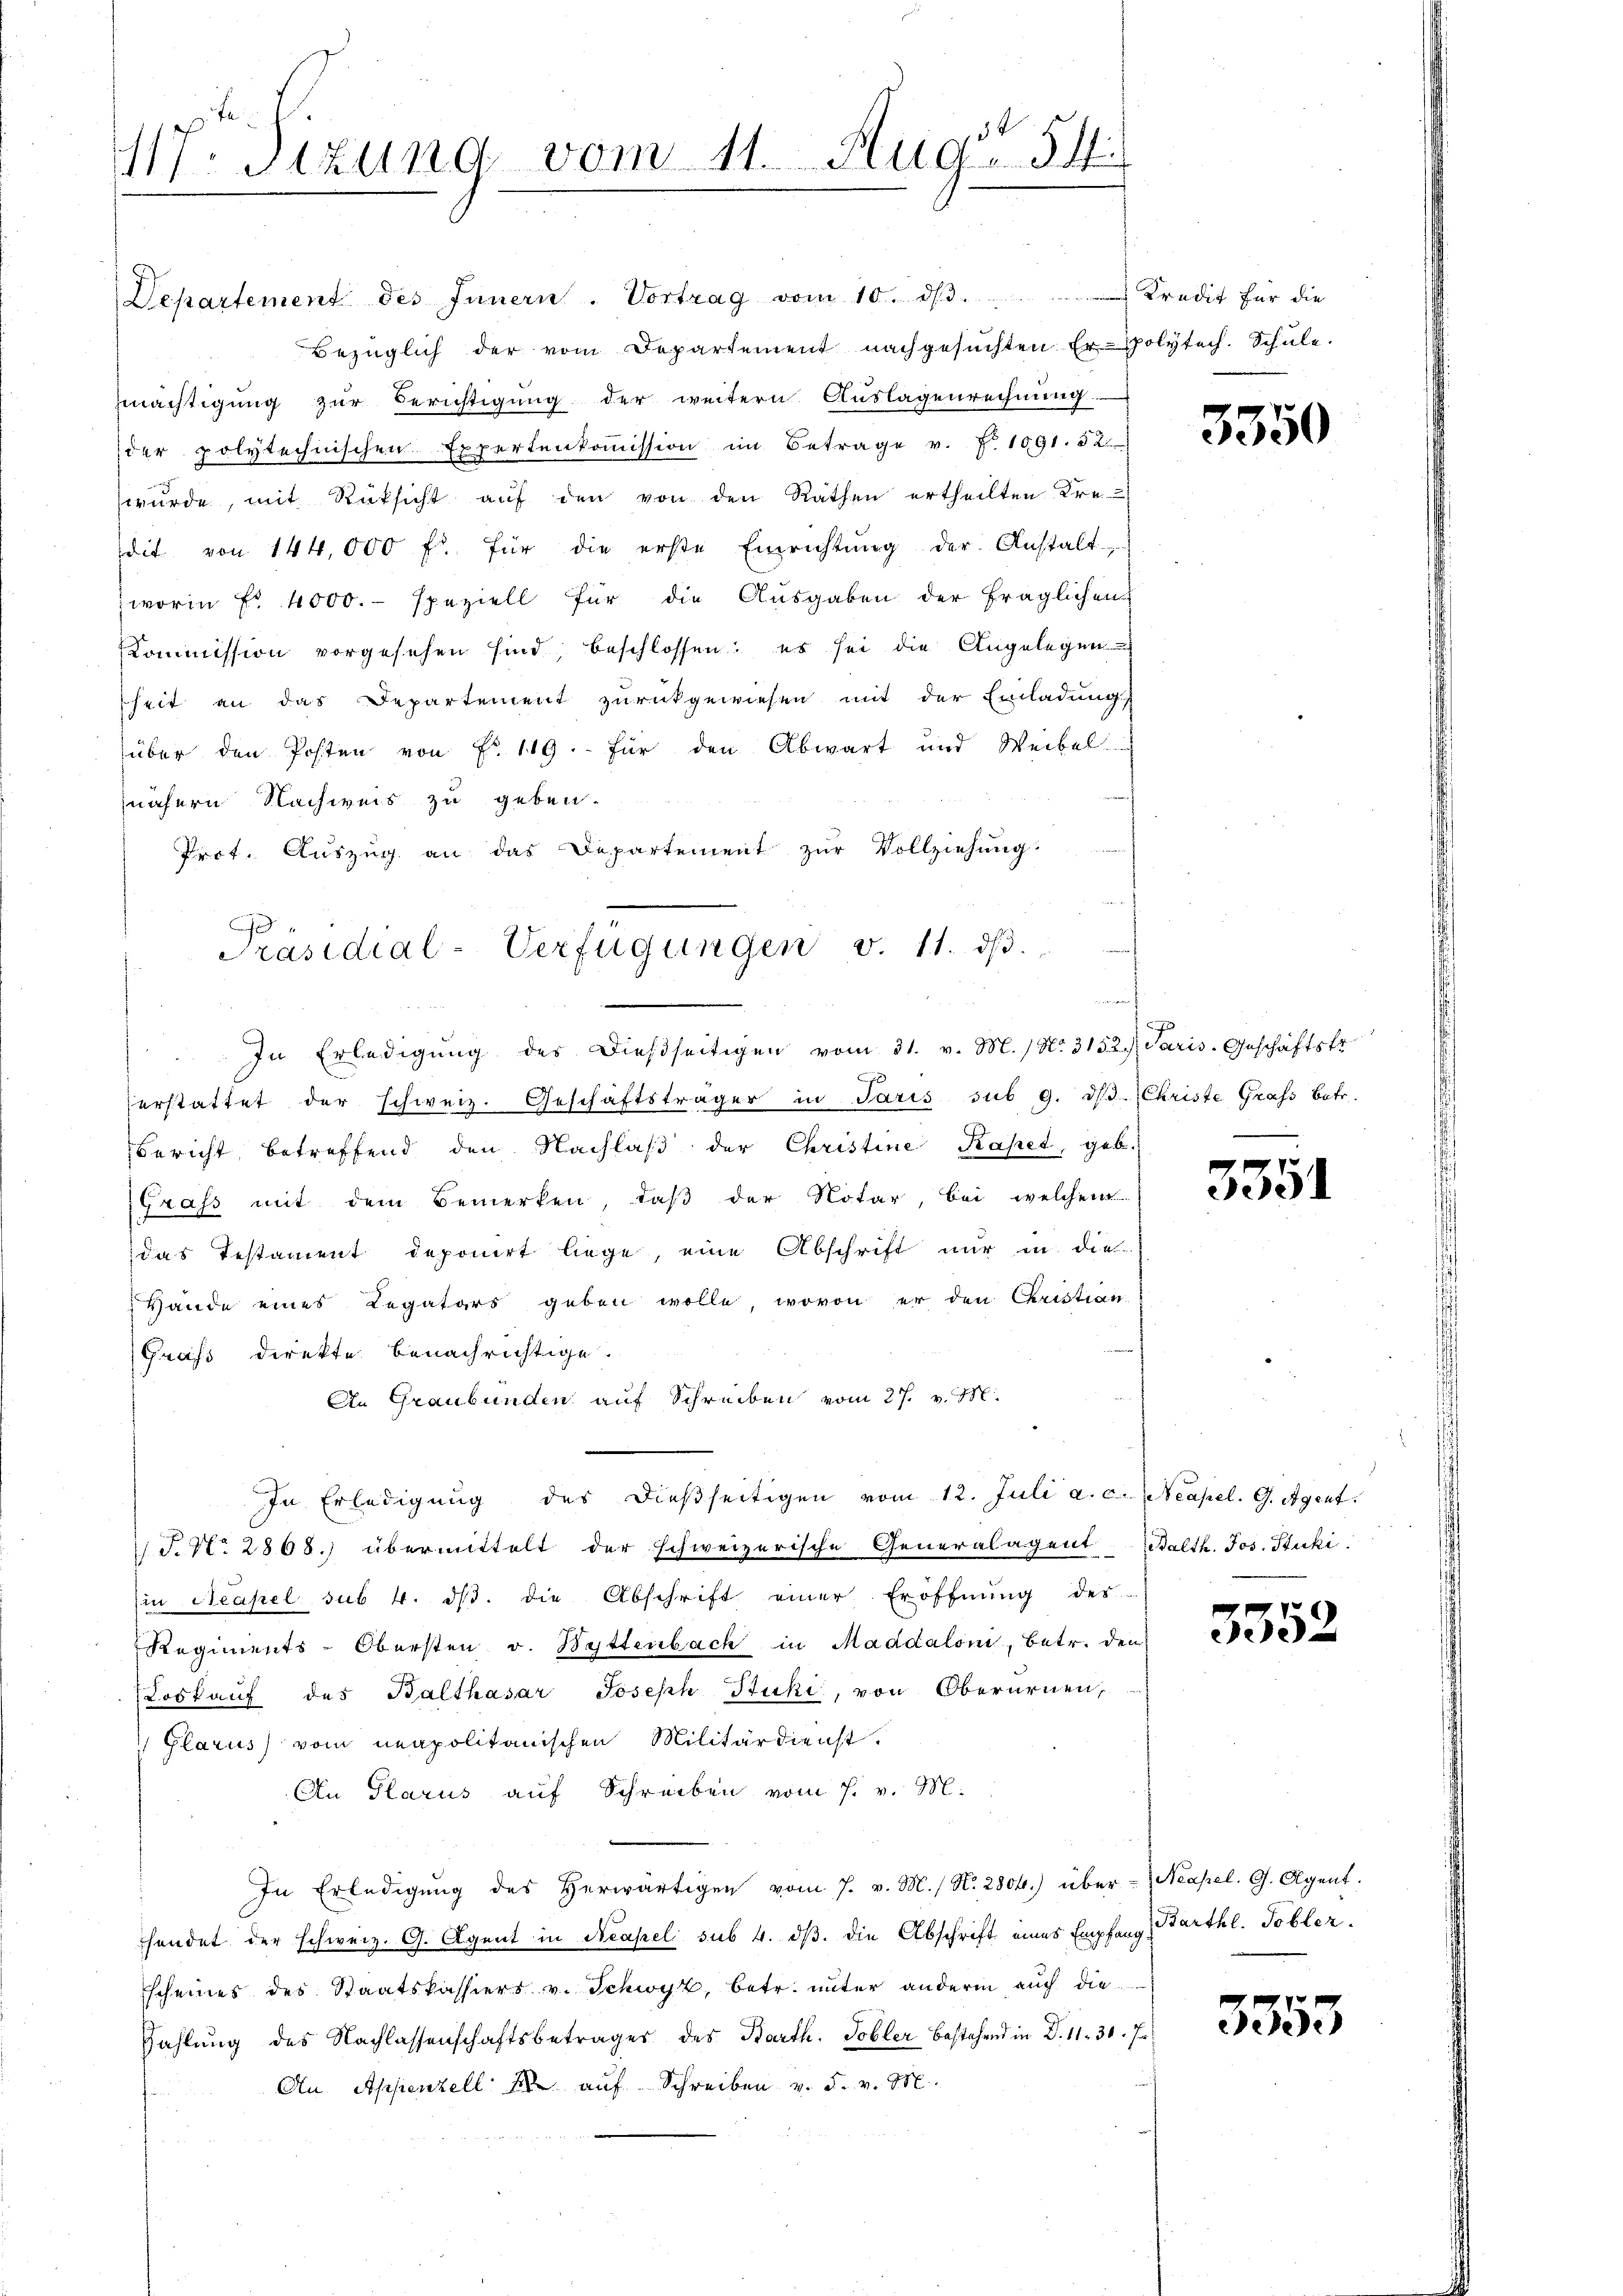
117. Sizung vom 11. Aug. 154.

Departement des Innern. Vortrag vom 10. dβ.  ..  Kredit für die
Bezüglich der vom Departement nachgesuchten Er-Polytech. Schule.
mächtigung zur Berichtigung der weitern Auslagenrechnung. -
der polytechnischen Expertenkoṁission im Betrage v. P. 1091. 52.
wŭrde, mit Rüksicht aŭf den von den Rathen ertheilten Kre-
dit von 144,000 fl. für die erste Einrichtŭng der Anstalt-
worin fr. 4000. speziell für die Ausgaben der fraglichen
Kommission vorgesehen sind, beschlossen: es sei die Angelegen
sheit an das Departement zurückgewiesen mit der Einladungs
über den Posten von No. 119. für den Abwart und Weibel
nähern Nachweis zu geben.
Prof. Auszug an das Departement zur Vollziehung
In Erledigŭng des dießseitigen vom 31. v. M. / No. 3152/ Paris. Geschäftsfr.
erstattet der schweiz. Geschäftsträger in Paris sub 9. d. Christe Grafs betr.
Bericht betreffend den Nachlaβ der Christine Kapet, geb.
Grass mit dem Bemerken, daß der Notar, bei welchen
das Testament deponirt liege, eine Abschrift nur in die
Hande eines Legatars geben wolle, wovon er den Christian
Gras direkte benachrichtige.
An Graubünden auf Schreiben vom 27. v. M.
In Erledigung des dießseitigen vom 12. Juli a. c. Neapel. G. Agent.
T. N. 2868.) übermittelt der schweizerische Generalagent Balth. Jos. Stucki.
in Neapel sub 4. dβ. die Abschrift einer Eröffnŭng des
Regiments-Obersten v. Wyttenbach in Maddaloni, betr. den
Loskauf des Balthasar Joseph Stuki, von Oberarnen,
) Glarus vom neapolitanischen Militärdienst.
An Glarus auf Schreiben vom 7. v. M.
.
In Erledigŭng des herwärtigen vom 7. v. M. / N. 280f.) über - Neapel. G. Agent.
fendet der schweiz. G. Agent in Neapel sub 4. ds. die Abschrift eines Empfang
Escheines des Staatskassiers v. Schwyz, betr. unter anderm auch die
Zahlung des Nachlassenschaftsbeträger des Barth. Tobler bestehend in D. 11. 30. J
An Appenzell M. auf Schreiben v. F. v. M.

Präsidial-Verfügungen v. 11. dβ.

auder

3350

.

3351

3352

(Barthl. Tobler.

3353